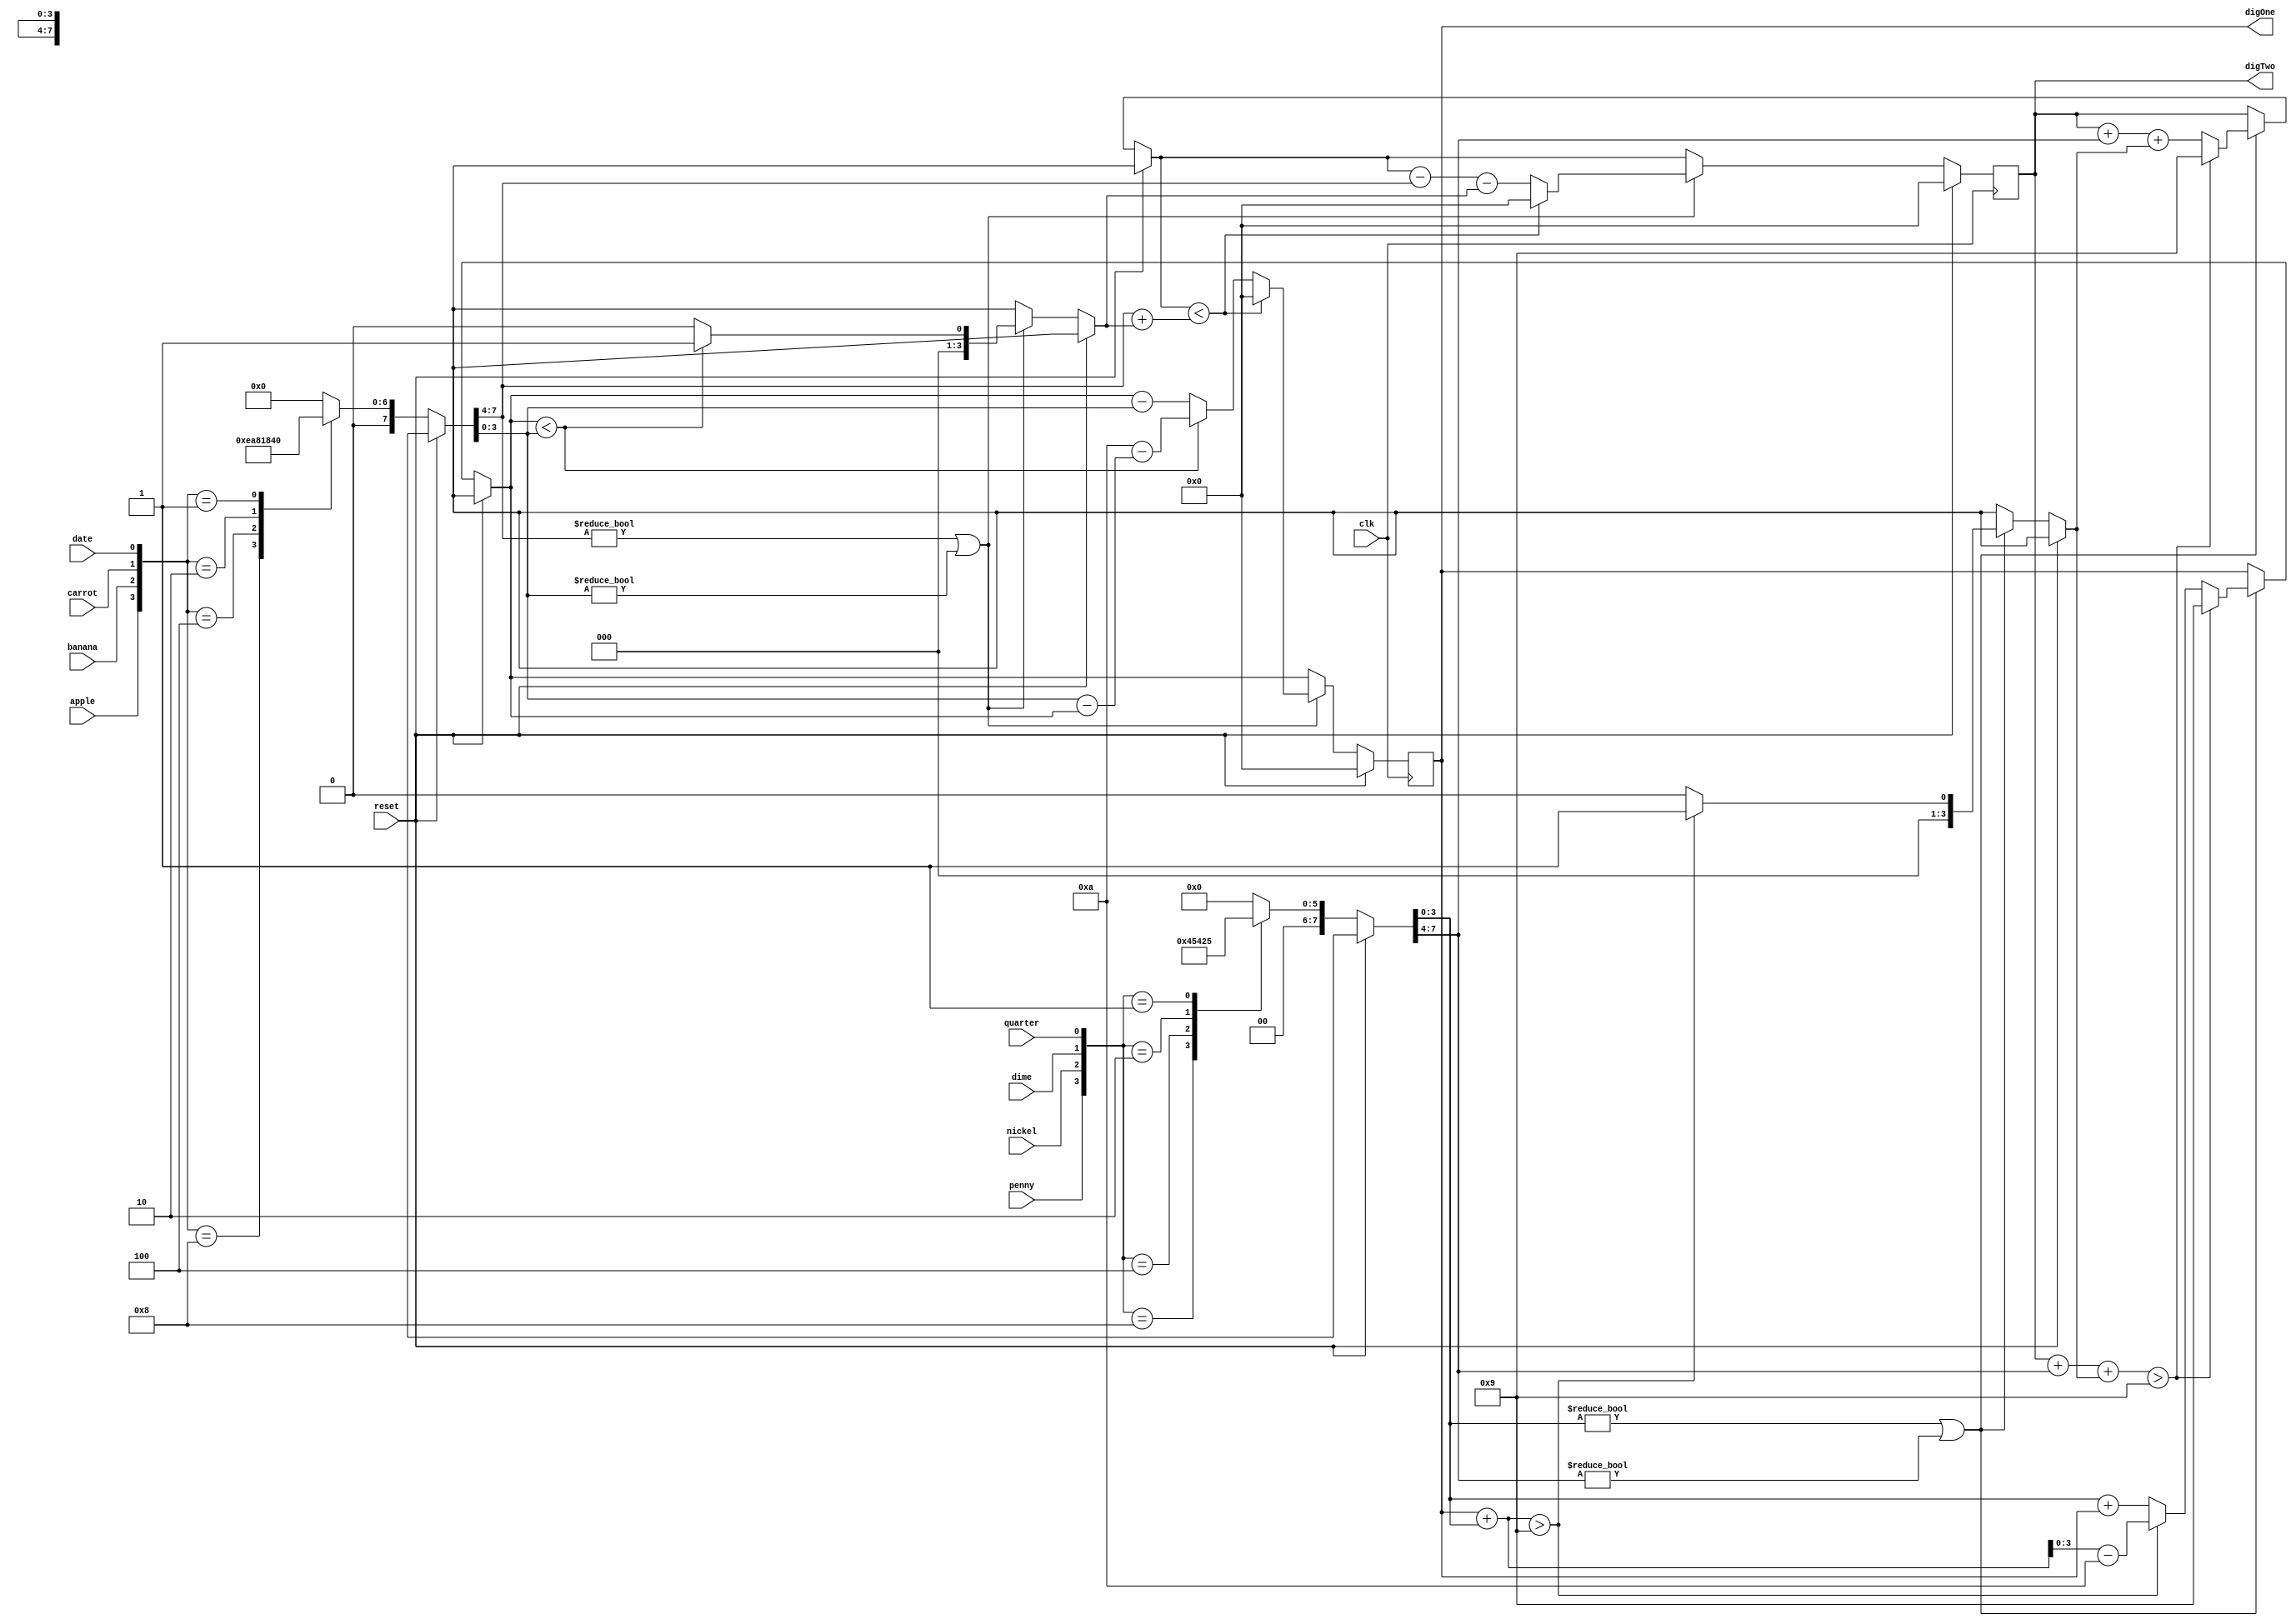
module piggyBank(clk, reset, penny, nickel, dime, quarter, apple, banana, carrot, date, digOne, digTwo);
input clk, reset, penny, nickel, dime, quarter, apple, banana, carrot, date;
output reg [3:0] digOne, digTwo;

reg [3:0] sumValTwo;
reg [3:0] sumValOne;
reg [3:0] buyValTwo;
reg [3:0] buyValOne;
reg [3:0] carryNum;
reg [3:0] negCarryNum;
always @(posedge clk)
begin
	if(reset)
		{digOne,digTwo} = {4'b0000,4'b0000};
	else
	begin
		carryNum = 0;
		negCarryNum = 0;
		case({penny, nickel, dime, quarter})
		4'b1000 : {sumValTwo, sumValOne} = {4'd0,4'd1};
		4'b0100 : {sumValTwo, sumValOne} = {4'd0,4'd5};
		4'b0010 : {sumValTwo, sumValOne} = {4'd1,4'd0};
		4'b0001 : {sumValTwo, sumValOne} = {4'd2,4'd5};
		default : {sumValTwo, sumValOne} = {4'd0,4'd0};
		endcase
		case({apple, banana, carrot, date})
		4'b1000 : {buyValTwo, buyValOne} = {4'd7,4'd5};
		4'b0100 : {buyValTwo, buyValOne} = {4'd2,4'd0};
		4'b0010 : {buyValTwo, buyValOne} = {4'd3,4'd0};
		4'b0001 : {buyValTwo, buyValOne} = {4'd4,4'd0};
		default : {buyValTwo, buyValOne} = {4'd0,4'd0};
		endcase
		if(sumValOne != 0 | sumValTwo != 0)
		begin
			if(digOne + sumValOne > 9)
			begin
				carryNum = carryNum + 1;
				digOne = digOne + sumValOne - 10;
			end
			else
				digOne = sumValOne + digOne;
			if(digTwo + sumValTwo + carryNum > 9)
				{digTwo, digOne} = {4'd9,4'd9};
			else
				digTwo = digTwo + sumValTwo + carryNum;	
		end
		negCarryNum = 0;
		if(buyValTwo != 0 | buyValOne != 0)
		begin
			if(digOne < buyValOne)
			begin
				digOne = 10 - (buyValOne- digOne);
				negCarryNum = negCarryNum + 1;
			end
			else
				digOne = digOne - buyValOne;
			if(digTwo < buyValTwo + negCarryNum)
				{digTwo, digOne} = {4'd0,4'd0};
			else
				digTwo = digTwo - buyValTwo - negCarryNum;
		end
	end
end

endmodule